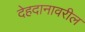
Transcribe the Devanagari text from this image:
देहदानावरील